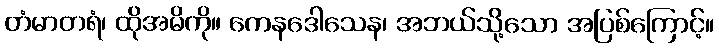
တံမာတရံ၊ ထိုအမိကို။ ကေနဒေါသေန၊ အဘယ်သို့သော အပြစ်ကြောင့်။